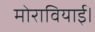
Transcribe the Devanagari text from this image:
मोरावियाई।